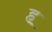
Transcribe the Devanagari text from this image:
ह॒